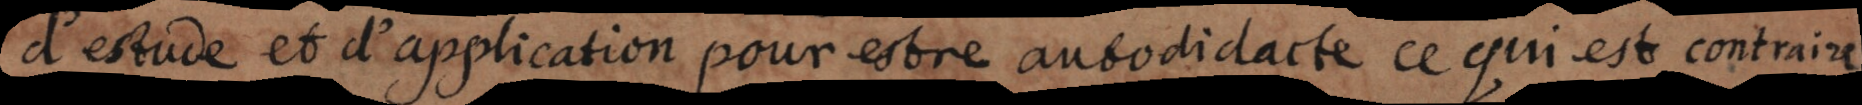
d’estude et d’application pour estre autodidacte ce qui est contraire